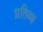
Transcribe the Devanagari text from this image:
प्रतिब्ध